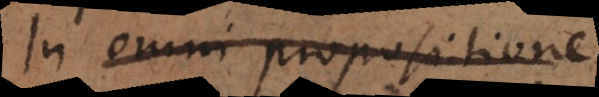
In omni propositione